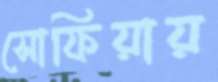
সোফিয়ায়